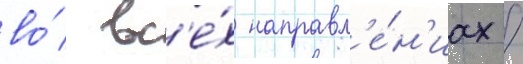
во́ вс'е́х направл'е́н'иах /